Annual statistical returns and brief notes on vaccination in Bengal - 1909-1929
Year: 1909
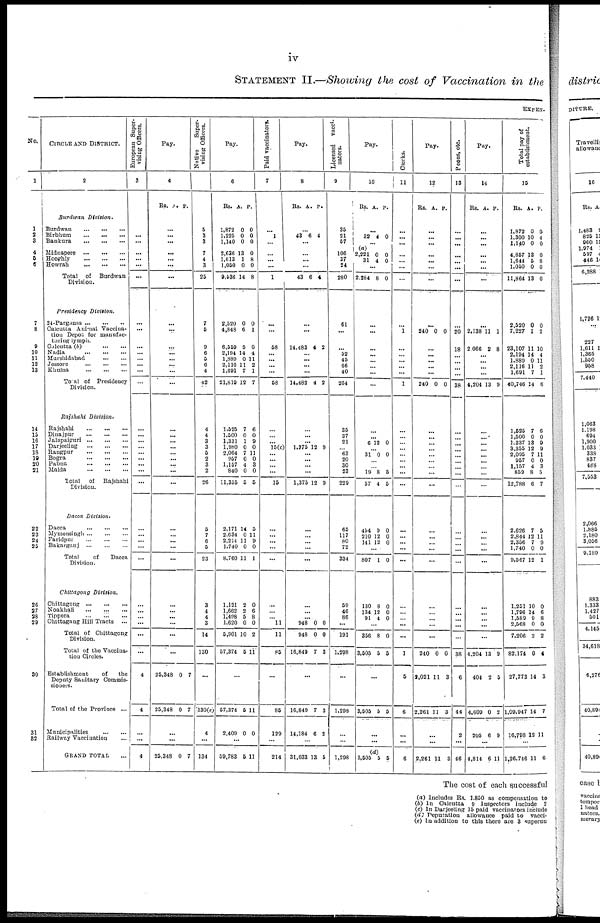
iv
STATEMENT II.—Showing the cost of Vaccination in the
EXPEN-
No.
1
1
2
3
4
5
6
7
8
9
10
11
12
13
14
15
16
17
18
19
20
21
22
23
24
25
26
27
28
29
30
31
32
CIRCLE AND DISTRICT.
2
Burdwan
Division.
Burdwan
...
...
...
Birbhum
...
...
...
Bankura
...
...
...
Midnapere
...
...
...
Hooghly
...
...
...
Howrah
...
...
...
Total
of
Burdwan
Division.
Presidency
Division.
24-Parganas
...
...
...
Calcutta Animal Vaccina¬
tion Depot for manufac-
turing lymph.
Calcutta (b)
...
...
Nadia
...
...
...
Murshidabad
...
...
Jessore
...
...
...
Khulna
...
...
...
Total of Presidency
Division.
Rajshahi
Division.
Rajshahi
...
...
...
Dinajpur
...
...
...
Jalapaiguri
...
...
...
Darjeeling
...
...
...
Rangpur
...
...
...
Bogra
...
...
...
Pabna
...
...
...
Malda
...
...
...
Total
of
Rajshahi
Division.
Dacca Division.
Dacca
...
...
...
Mymensingh
...
...
...
Faridpui
...
...
...
Bakarganj
...
...
...
Total
of
Dacca
Division.
Chittagong
Division.
Chittagong
...
...
...
Noakhali
...
...
...
Tippera ... ... ...
Chittagang Hill Tracts
...
Total of Chittagong
Division.
Total of the Vaccina-
tion Circles.
Establishment
of
the
Deputy Sanitary Commis-
sioners.
Total of the Province ...
Municipalities ... ...
Railway Vaccination ...
GRAND TOTAL ...
European Super-
vising Officers.
3
...
...
...
...
...
...
...
...
...
...
...
...
...
...
...
...
...
...
...
...
...
...
...
...
...
...
...
...
...
...
...
...
...
...
...
4
4
...
...
4
Pay.
4
Rs. A. P.
...
...
...
...
...
...
...
...
...
...
...
...
...
...
...
...
...
...
...
...
...
...
...
...
...
...
...
...
...
...
...
...
...
...
...
25,348
25,348
0
0
7
7
...
...
25,348 0 7
Native
Super-
vising Officers.
5
3
3
7
4
3
25
7
5
9
6
5
6
4
42
4
4
3
3
5
2
3
2
26
5
7
6
5
23
3
4
4
3
14
130
...
130(e)
4
...
134
Pay.
6
Rs. A.
P.
1,872
1,225
1,140
2,636 1
1,613
1,050
9,536
0
0
0
3
1
0
14
0
0
0
0
8
0
8
2,520
4,848
6,559
2,194
1,889
2,116
1,691
21,819
0
6
5
14
0
11
7
12
0
1
0
4
11
2
1
7
1,525
1,500
1,331
1,980
2,064
957
1,157
840
11,355
7
0
1
0
7
0
4
0
5
6
0
9
0
11
0
3
0
6
2,171
2,634
2,214
1,740
8,760
14
0
11
0
11
5
11
9
0
1
1,121
1,662
1,498
1,620
5,901
57,374
2
2
5
0
10
5
0
6
8
0
2
11
...
57,374
2,409
5
0
11
0
...
59,783 5 11
Paid vaccinators.
7
...
1
...
...
...
1
...
...
58
...
...
...
...
58
...
...
... 15(c)
...
...
...
...
15
...
...
...
...
...
...
...
...
11
11
85
...
85
129
...
214
Pay.
8
Rs.
A.
P.
...
43
6 4
...
...
...
...
43 6 4
...
...
14,483 4 2
...
...
...
...
14,482 4 2
...
...
...
1,375 12 9
...
...
...
...
1,375 12 9
...
... ...
...
...
...
...
...
948
948
16,849
0
0
7
0
0
3
...
16,849
14,184
7
6
3
2
...
31,033 13 5
Licensed vacci-
nators.
9
35
21
57
106
37
24
280
61
...
... 52
45
66
40
264
35
37
21
... 63
20
30
23
229
65
117
80
72
334
59
46
86
...
191
1,298
...
1,298
...
...
1,298
Pay.
10
Rs. A. P.
...
32 4 0
...
(a)
2,221
31
0
4
0
0
...
2,284 8 0
...
...
...
...
...
...
...
...
...
6 12 0
...
31 0 0
...
...
19
57
8
4
5
5
454
210
141
9
12
12
0
0
0
...
807 1 0
130
134
91
8
12
4
0
0
0
...
356
3,505
8
5
0
5
...
3,505 5 5
...
...
3,505 (d)
5
5
Clerks.
11
...
...
...
...
...
...
...
...
1
...
...
...
...
...
1
...
...
...
...
...
...
...
...
...
...
... ...
...
...
...
...
...
...
...
1
5
6
...
...
6
Pay.
12
Rs. A. P.
...
...
...
...
...
...
...
...
240 0 0
...
...
...
...
...
240 0 0
...
...
...
...
...
...
...
...
...
...
...
...
...
...
...
...
...
...
...
240
2,021
2,261
0
11
11
0
3
3
...
...
2,261 11 3
Peons, etc.
13
...
...
...
...
...
...
...
...
20
18
...
...
...
...
38
...
...
...
...
... ...
...
...
...
...
... ...
...
...
...
...
...
...
...
38
6
44
2
...
46
Pay.
14
Rs.
A.
P.
...
...
...
...
...
...
...
...
2,138
2,066
11
2
1
8
...
...
...
...
4,204 13 0
...
...
...
...
...
...
...
...
...
...
...
...
...
...
...
...
...
...
...
4,204
404
4,609
205
13
2
0
6
0
5
2
9
...
4,814 6 11
Total pay of
establishment.
15
Rs. A. P.
1,872
1,300
1,140
4,857
1,644
1,050
11,864
0
10
0
13
5
0
13
0
4
0
0
8
0
0
2,520
7,227
23,107
2,194
1,889
2,116
1,691
40,746
0
1
11
14
0
11
7
14
0
2
10
4
11
2
1
6
1,525
1,500
1,337
3,355
2,095
957
1,157
859
12,788
7
0
13
12
7
0
4
8
6
6
0
9
9
11
0
3
5
7
2,626
2,844
2,356
1,740
9,567
7
12
7
0
12
5
11
9
0
1
1,251
1,796
1,589
2,568
7,206
82,174
27,773
1,09,947
16,798
10
14
9
0
2
0
14
14
12
0
6
8
0
2
4
3
7
11
...
1,26,746 11 6
The cost of each successful
(a) Includes Rs. 1,850 as compensation to
(b) In Calcutta 9 Inspectors include 2
(c) In Darjeeling 15 paid vaccinators include
(d) Deputation allowance paid to vacci¬
(e) In addition to this there are 3 supernu